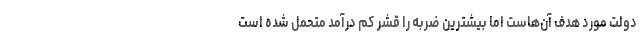
دولت مورد هدف آن‌هاست اما بیشترین ضربه را قشر کم درآمد متحمل شده است